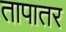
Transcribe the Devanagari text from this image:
तापातर